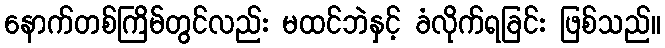
နောက်တစ်ကြိမ်တွင်လည်း မထင်ဘဲနှင့် ခံလိုက်ရခြင်း ဖြစ်သည်။